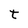
Character: t